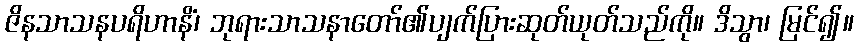
ဇိနသာသနပရိဟာနိံ၊ ဘုရားသာသနာတော်၏ပျက်ပြားဆုတ်ယုတ်သည်ကို။ ဒိသွာ၊ မြင်၍။